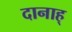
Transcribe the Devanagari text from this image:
दानाह्